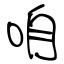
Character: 咱